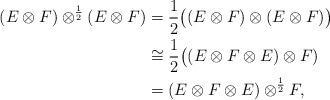
LaTeX: \begin{align*}(E\otimes F)\otimes^{\frac{1}{2}}(E\otimes F)&=\frac{1}{2}\bigl((E\otimes F)\otimes(E\otimes F)\bigr)\\&\cong \frac{1}{2}\bigl((E\otimes F\otimes E)\otimes F)\\&=(E\otimes F\otimes E)\otimes^{\frac{1}{2}} F,\end{align*}